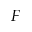
F